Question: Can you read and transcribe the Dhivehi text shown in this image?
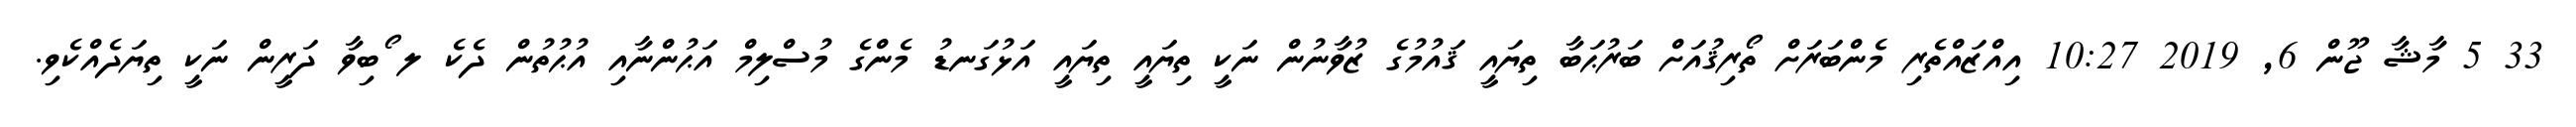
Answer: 33 5 މާޝާ ޖޫން 6, 2019 10:27 އިއްޒައްތެރި މެންބަރަށް ތޯރިޤުއަށް ބަރުޙަބާ ތިޔައީ ޤައުމުގެ ޒުވާނުން ނަކީ ތިޔައީ ތިޔައީ އަޅުގަނޑު މެންގެ މުސްލިމް އަޙުންނާއި އުޙުތުން ދެކެ ލ ޯބިވާ ދަރީން ނަކީ ތިޔަދެއްކެވި.